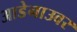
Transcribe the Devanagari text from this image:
आडेनाउवर